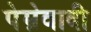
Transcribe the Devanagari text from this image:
पेम्रेवादी